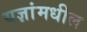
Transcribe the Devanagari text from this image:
यज्ञांमधील